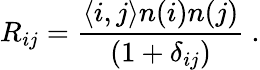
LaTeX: R_{ij}={\frac{\langle i,j\rangle n(i)n(j)}{(1+\delta_{ij})}}~.